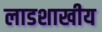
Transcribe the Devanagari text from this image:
लाडशाखीय